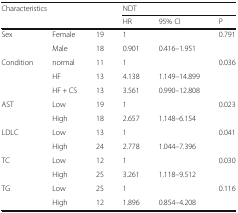
<table><thead><tr><td rowspan="2" colspan="3"><b>Characteristics</b></td><td colspan="3"><b>NDT</b></td></tr><tr><td><b>HR</b></td><td><b>95% CI</b></td><td><b>P</b></td></tr></thead><tbody><tr><td rowspan="2">Sex</td><td>Female</td><td>19</td><td>1</td><td></td><td rowspan="2">0.791</td></tr><tr><td>Male</td><td>18</td><td>0.901</td><td>0.416–1.951</td></tr><tr><td rowspan="3">Condition</td><td>normal</td><td>11</td><td>1</td><td></td><td rowspan="3">0.036</td></tr><tr><td>HF</td><td>13</td><td>4.138</td><td>1.149–14.899</td></tr><tr><td>HF + CS</td><td>13</td><td>3.561</td><td>0.990–12.808</td></tr><tr><td rowspan="2">AST</td><td>Low</td><td>19</td><td>1</td><td></td><td rowspan="2">0.023</td></tr><tr><td>High</td><td>18</td><td>2.657</td><td>1.148–6.154</td></tr><tr><td rowspan="2">LDLC</td><td>Low</td><td>13</td><td>1</td><td></td><td rowspan="2">0.041</td></tr><tr><td>High</td><td>24</td><td>2.778</td><td>1.044–7.396</td></tr><tr><td rowspan="2">TC</td><td>Low</td><td>12</td><td>1</td><td></td><td rowspan="2">0.030</td></tr><tr><td>High</td><td>25</td><td>3.261</td><td>1.118–9.512</td></tr><tr><td rowspan="2">TG</td><td>Low</td><td>25</td><td>1</td><td></td><td rowspan="2">0.116</td></tr><tr><td>High</td><td>12</td><td>1.896</td><td>0.854–4.208</td></tr></tbody></table>